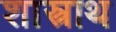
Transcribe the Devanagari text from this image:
शास्त्राथ